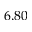
6 . 8 0